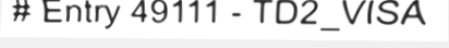
# Entry 49111 - TD2_VISA